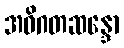
အဝိဂတဆန္ဒော